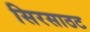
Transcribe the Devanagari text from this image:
सिरसाठट